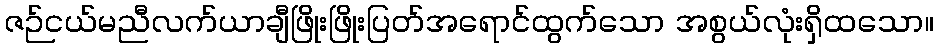
ဇဉ်ငယ်မညီလက်ယာချီဖြိုးဖြိုးပြတ်အရောင်ထွက်သော အစွယ်လုံးရှိထသော။